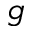
g